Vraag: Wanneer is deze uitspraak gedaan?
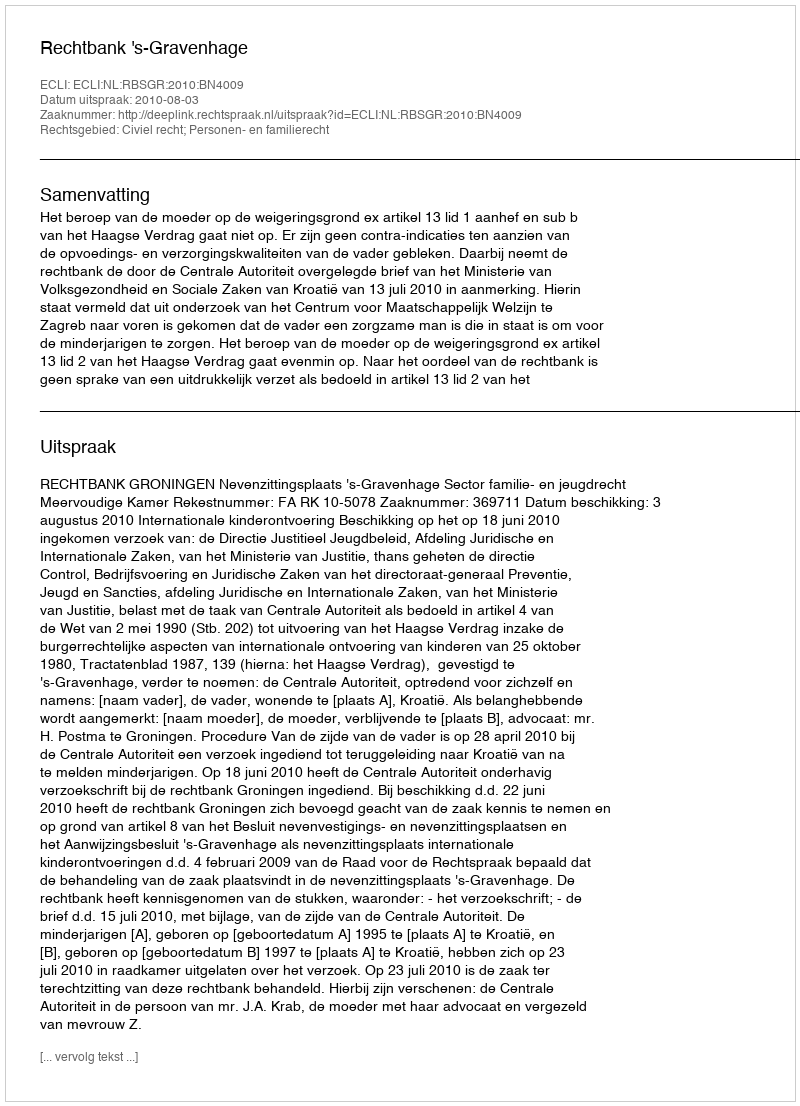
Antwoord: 2010-08-03